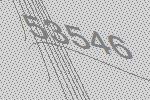
53546